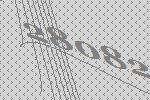
28082